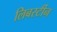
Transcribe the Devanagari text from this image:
लिबर्स्टीन